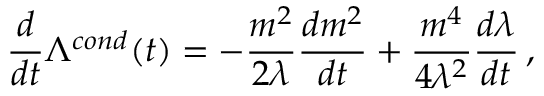
\frac { d } { d t } \Lambda ^ { c o n d } ( t ) = - \frac { m ^ { 2 } } { 2 \lambda } \frac { d m ^ { 2 } } { d t } + \frac { m ^ { 4 } } { 4 \lambda ^ { 2 } } \frac { d \lambda } { d t } \, ,